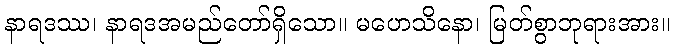
နာရဒဿ၊ နာရဒအမည်တော်ရှိသော။ မဟေသိနော၊ မြတ်စွာဘုရားအား။